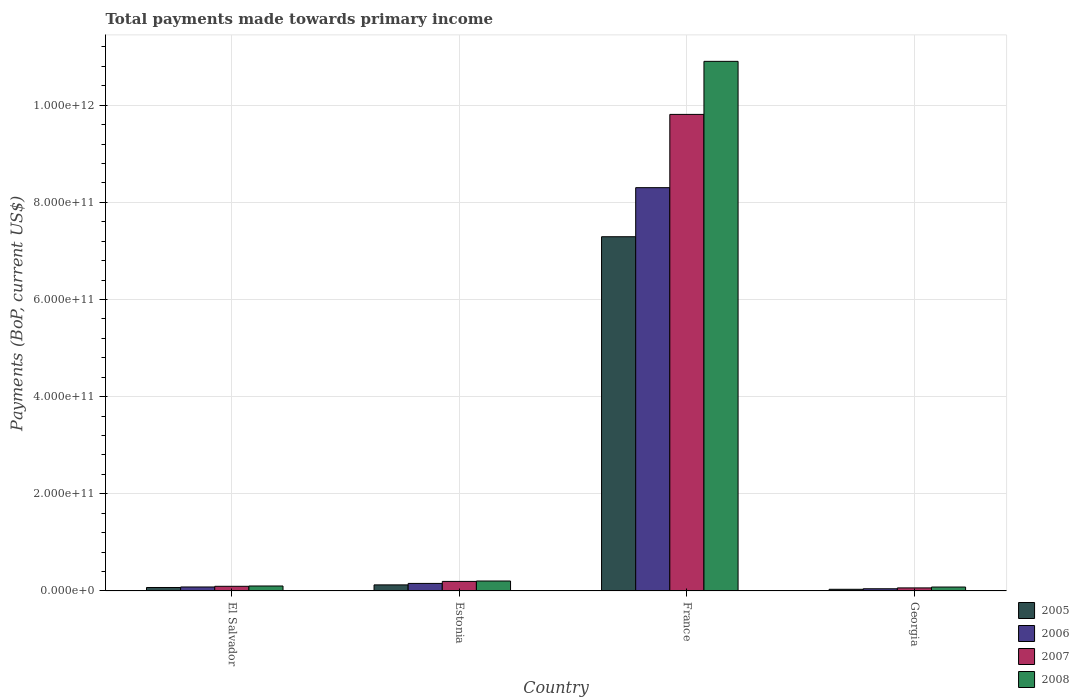
| Country | 2005 | 2006 | 2007 | 2008 |
 | --- | --- | --- | --- | --- |
 | El Salvador | 7.17e+09 | 8.24e+09 | 9.62e+09 | 1.03e+10 |
 | Estonia | 1.25e+10 | 1.56e+10 | 1.97e+10 | 2.05e+10 |
 | France | 7.29e+11 | 8.3e+11 | 9.81e+11 | 1.09e+12 |
 | Georgia | 3.47e+09 | 4.56e+09 | 6.32e+09 | 8.11e+09 |